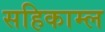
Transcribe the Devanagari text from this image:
सहिकाम्ल